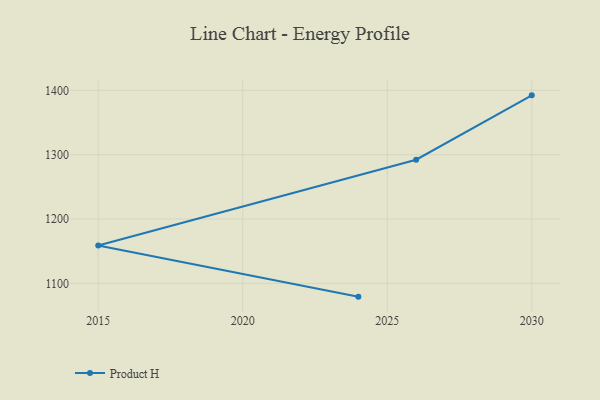
{"axis": {"x": "Year", "y": "Conversion Rate (%)"}, "legend": ["Product H"], "data": [{"x": "2024", "y": 1079.4, "type": "Product H"}, {"x": "2015", "y": 1158.9, "type": "Product H"}, {"x": "2026", "y": 1292.2, "type": "Product H"}, {"x": "2030", "y": 1392.2, "type": "Product H"}]}